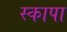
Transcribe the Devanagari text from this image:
स्कापा